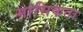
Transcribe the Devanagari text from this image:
मांसिकता